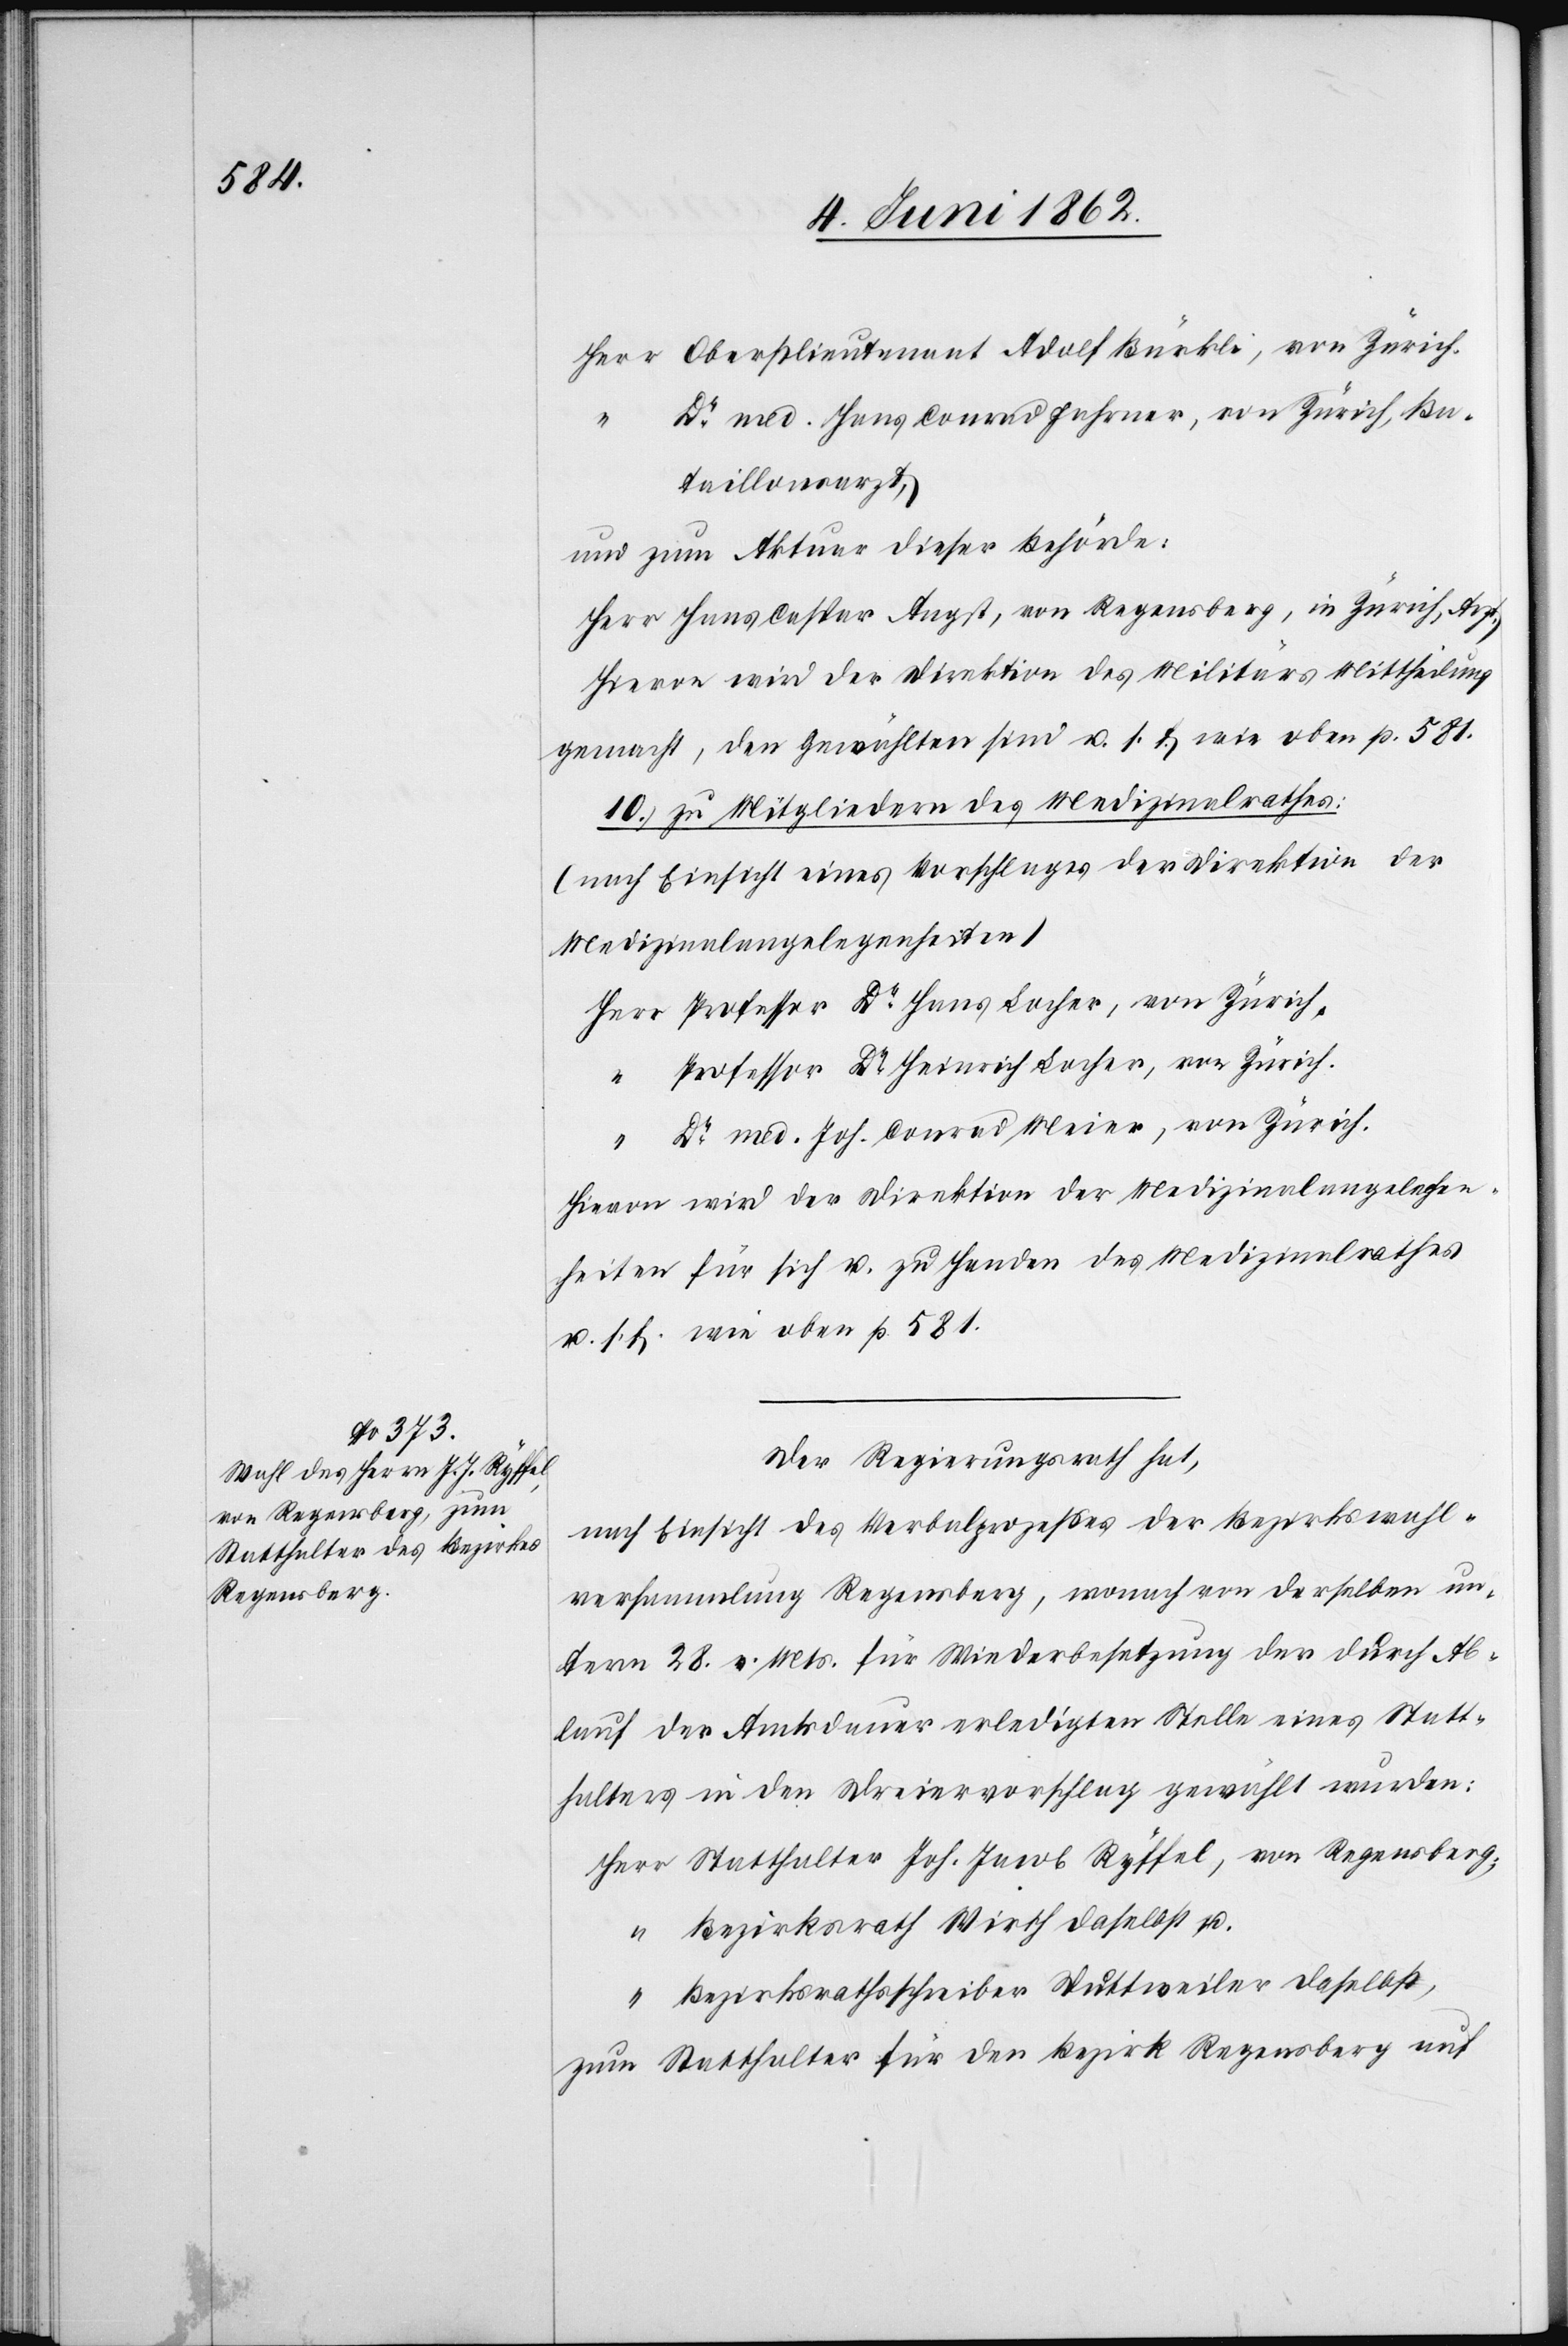
Oberstlieutenant Adolf Bürkli, von Zürich.
Dr. med. Hans Conrad Fahrner, von Zürich, Ba¬
taillonsarzt,
und zum Akteur dieser Behörde:
Herr Hans Caspar Angst, von Regensberg, in Zürich, Arzt.
Hievon wird der Direktion des Militärs Mittheilung
gemacht, den Gewählten sind u. s. f. wie oben p. 581.
10. zu Mitgliedern des Medizinalrathes:
(nach Einsicht eines Vorschlages der Direktion der
Medizinalangelegenheiten)
Professor Dr. Hans Locher, von Zürich.
Professor Dr. Heinrich Locher, von Zürich.
Dr. Joh. Conrad Meier, von Zürich.
Hievon wird der Direktion der Medizinalangelegen¬
heiten für sich u. zu Handen des Medizinalrathes
u. s. f. wie oben p. 581.
Der Regierungsrath hat,
nach Einsicht des Verbalprozesses der Bezirkswahl¬
versammlung Regensberg, wonach von derselben un¬
term 28. v. Mt. für Wiederbesetzung der durch Ab¬
lauf der Amtsdauer erledigten Stelle eines Statt¬
halters in den Dreiervorschlag gewählt wurden:
Statthalter Joh. Jacob Ryffel, von Regensberg.
Bezirksrath Wirth daselbst u.
Bezirksrathschreiber Duttweiler daselbst,
zum Statthalter für den Bezirk Regensberg auf